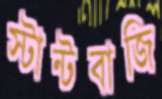
স্টান্টবাজি